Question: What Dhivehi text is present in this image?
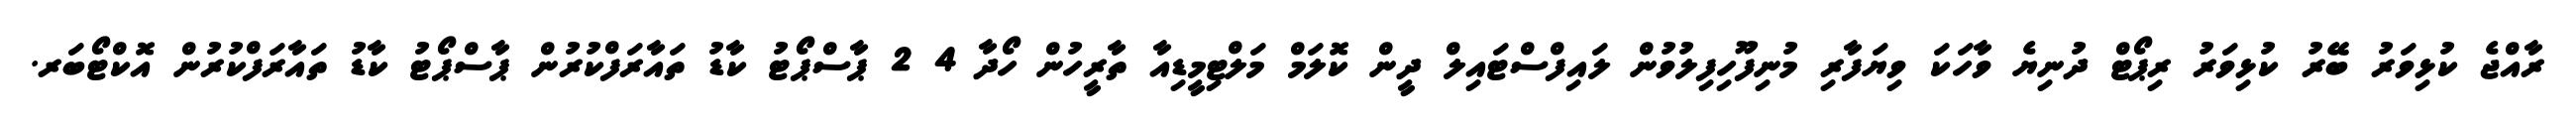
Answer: ރާއްޖެ ކުޅިވަރު ބޭރު ކުޅިވަރު ރިޕޯޓް ދުނިޔެ ވާހަކަ ވިޔަފާރި މުނިފޫހިފިލުވުން ލައިފްސްޓައިލް ދީން ކޮލަމް މަލްޓިމީޑިއާ ތާރީހުން ހޯދާ 4 2 ޕާސްޕޯޓު ކާޑު ތައާރަފްކުރުން ޕާސްޕޯޓު ކާޑު ތައާރަފްކުރުން އޮކްޓޯބަރ.